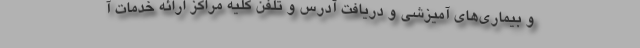
و بیماری‌های آمیزشی و دریافت آدرس و تلفن کلیه مراکز ارائه خدمات آ